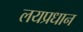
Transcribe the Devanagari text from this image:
लयप्रधान